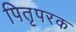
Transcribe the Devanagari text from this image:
पितृपरक